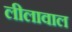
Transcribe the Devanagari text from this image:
लीलावाल